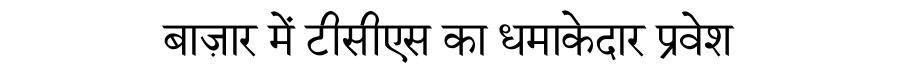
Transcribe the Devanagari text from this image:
बाज़ार में टीसीएस का धमाकेदार प्रवेश